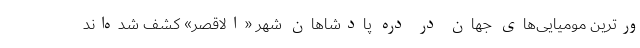
ورترین مومیایی‌های جهان در دره‌ پادشاهان شهر «الاقصر» کشف شده‌اند